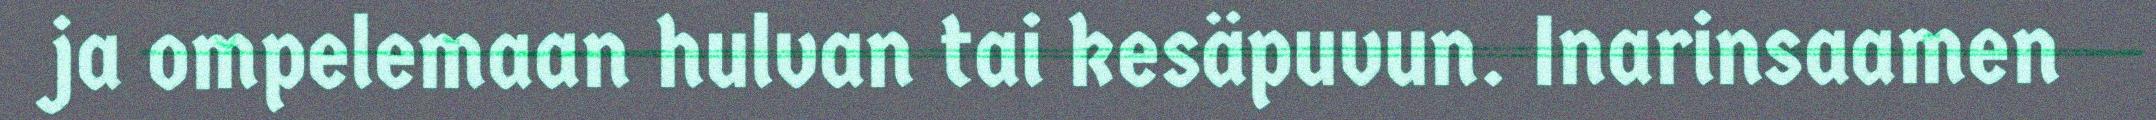
ja ompelemaan hulvan tai kesäpuvun. Inarinsaamen